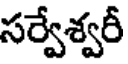
సర్వేశ్వరీ